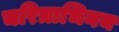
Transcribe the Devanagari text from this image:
चरित्राभिनय